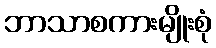
ဘာသာစကားမျိုးစုံ